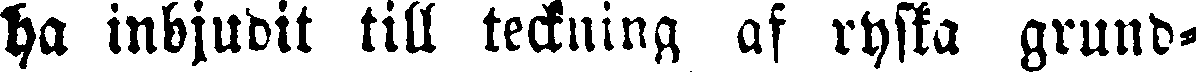
ha inbjudit till teckning af ryska grund-